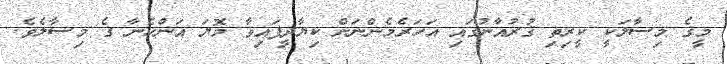
މީގެ މިސާލަކީ ކީރިތި ޤުރުއާނުގައި އަހަރެމެންނަށް ކިޔާދީފައިވާ މޮޔަ އަންހެނާ ގެ މިސާލެވެ.